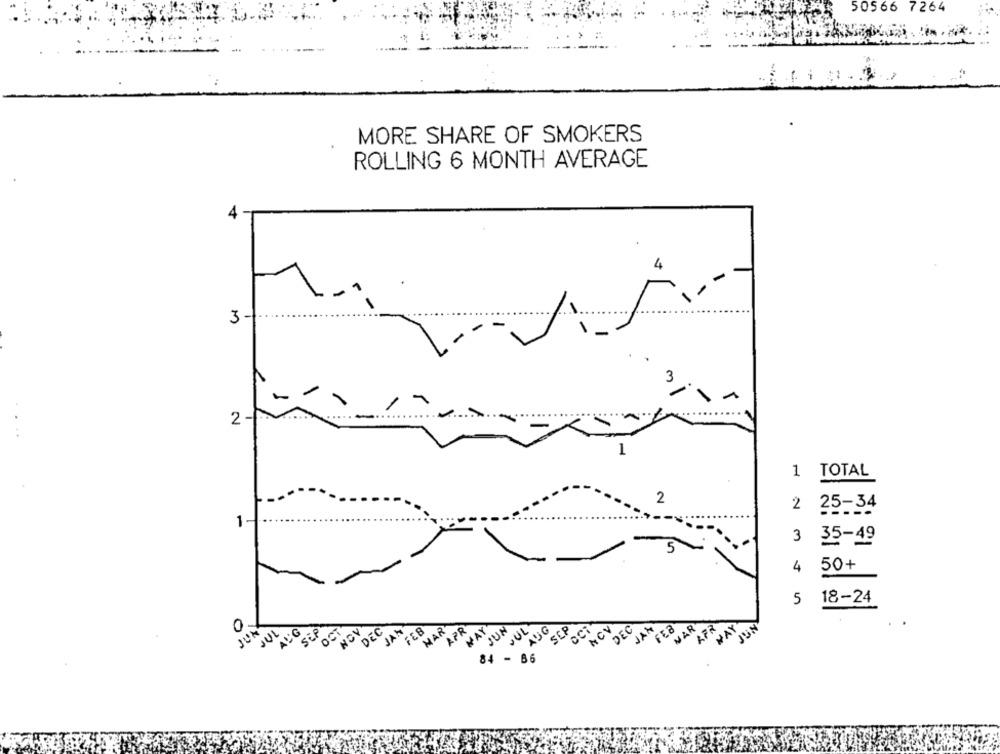
50566 7264
MORE SHARE OF SMOKERS
ROLLING 6 MONTH AVERAGE
4
3-
3
-
2 -
1
TOTAL
2
2 25-34
1-
3
35-49
5
4
50+
5
18-24
JUN
JUL
ALG
SEP
NOV
DEC
JAN
FEB
MAR
APR
MAY
JUN
JUL
AUG
SCP
MCV
DEC
JAN
FER
NAR
AFR
MAY
JUN
8.1